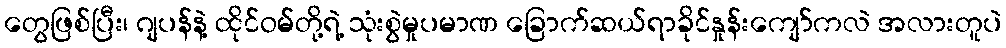
တွေဖြစ်ပြီး၊ ဂျပန်နဲ့ ထိုင်ဝမ်တို့ရဲ့ သုံးစွဲမှုပမာဏ ခြောက်ဆယ်ရာခိုင်နှုန်းကျော်ကလဲ အလားတူပဲ